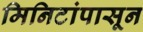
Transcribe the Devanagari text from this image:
मिनिटांपासून